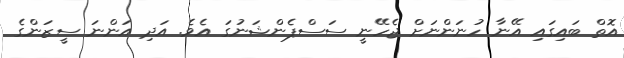
އޮތް ބައިގައި އޭނާ ހުނަންނަށް ޖެހޭނީ ސަސްޕެންޝަނުގަ އެވެ. އަދި އަންނަ ސީޒަންގެ